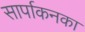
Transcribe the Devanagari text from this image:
सार्पाकनका